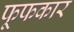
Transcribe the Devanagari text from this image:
फूफकार